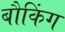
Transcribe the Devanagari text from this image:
बौकिंग